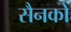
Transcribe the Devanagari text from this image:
सैनको